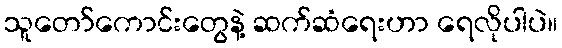
သူတော်ကောင်းတွေနဲ့ ဆက်ဆံရေးဟာ ရေလိုပါပဲ။